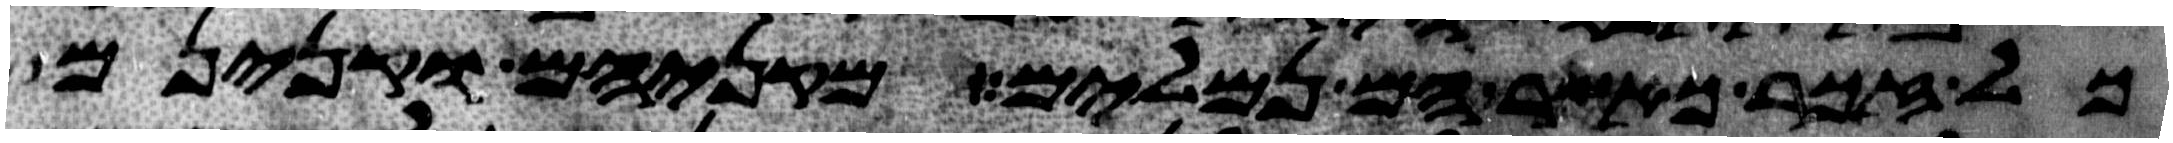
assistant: כל זכר כאשר הם נמלים מקניהם וקנינם